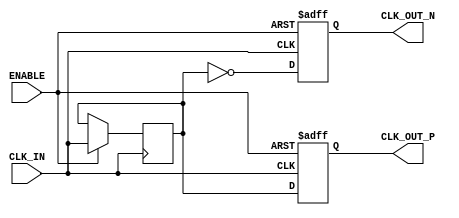
module differential_clock_buffer (
    input wire CLK_IN,        // Single-ended input clock signal
    input wire ENABLE,        // Active-high control signal to enable the buffer
    output reg CLK_OUT_P,     // Positive differential clock output
    output reg CLK_OUT_N      // Negative differential clock output
);

// Internal signals
reg clk_buffered;

// Always block to manage the clock output based on ENABLE
always @(posedge CLK_IN or negedge ENABLE) begin
    if (!ENABLE) begin
        // When ENABLE is low, output both clocks to ground (logic low)
        CLK_OUT_P <= 1'b0;
        CLK_OUT_N <= 1'b0;
    end else begin
        // Buffer the clock when ENABLE is high
        clk_buffered <= CLK_IN; // Buffer the input clock
        CLK_OUT_P <= clk_buffered; // Output the buffered clock
        CLK_OUT_N <= ~clk_buffered; // Output the inverse of the buffered clock
    end
end

endmodule